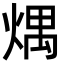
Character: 㷒